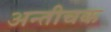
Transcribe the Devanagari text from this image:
अन्तीचक